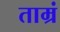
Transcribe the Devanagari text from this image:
ताम्रं